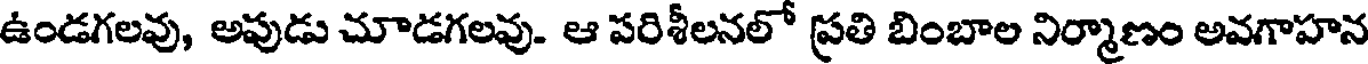
ఉండగలవు, అపుడు చూడగలవు. ఆ పరిశీలనలో ప్రతి బింబాల నిర్మాణం అవగాహన